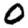
Digit: 0